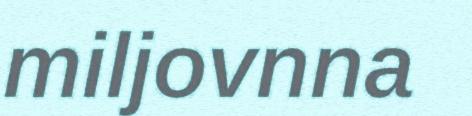
miljovnna